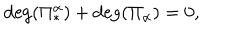
\mathrm { d e g } ( \Pi _ { * } ^ { \alpha } ) + \mathrm { d e g } ( \Pi _ { \alpha } ) = 0 ,